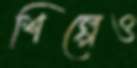
শিল্পেও